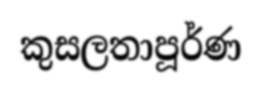
කුසලතාපූර්ණ